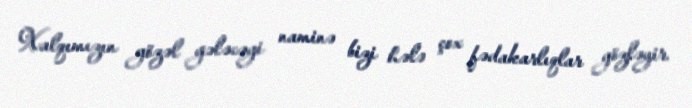
Xalqımızın gözəl gələcəyi naminə bizi hələ çox fədakarlıqlar gözləyir.